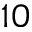
^ { 1 0 }